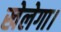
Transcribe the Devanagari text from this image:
खेलेगा।